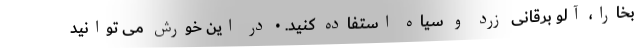
بخارا، آلو برقانی زرد و سیاه استفاده کنید. • در این خورش می توانید